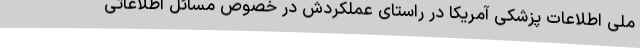
ملی اطلاعات پزشکی آمریکا در راستای عملکردش در خصوص مسائل اطلاعاتی